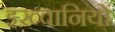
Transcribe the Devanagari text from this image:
इख़्वानियों